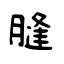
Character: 膖